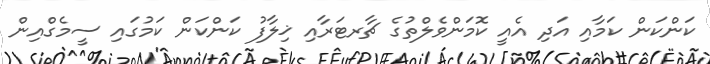
ކަންކަން ކަމާއި އަދި އެއީ ކޮމަންވެލްތުގެ ޗާރޓަރާއި ޚިލާފު ކަންކަން ކަމުގައި ސީމެގްއިން